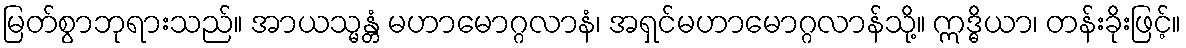
မြတ်စွာဘုရားသည်။ အာယသ္မန္တံ မဟာမောဂ္ဂလာနံ၊ အရှင်မဟာမောဂ္ဂလာန်သို့။ ဣဒ္ဓိယာ၊ တန်းခိုးဖြင့်။